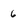
Character: 6